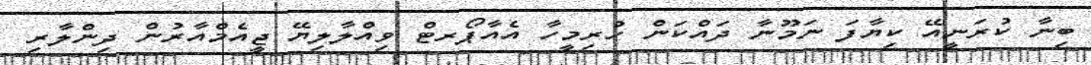
ބިނާ ކުރަނީއޭ ކިޔާފަ ނަމޫނާ ދައްކަން ހުރިމީހާ އެއާޕޯރޓް ވިއްލާލިޔޭ ޖީއެމްއާރުން ދިންލާރި